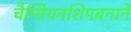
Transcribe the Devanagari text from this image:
चैम्पियनशिपबनाने